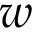
w